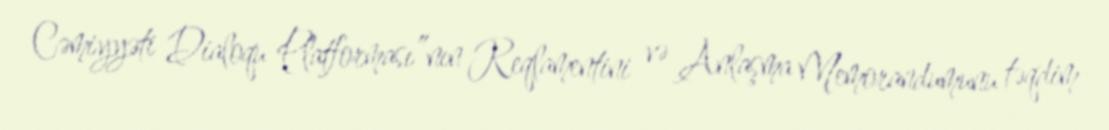
Cəmiyyəti Dialoqu Platforması”nın Reqlamentini və Anlaşma Memorandumunu təqdim